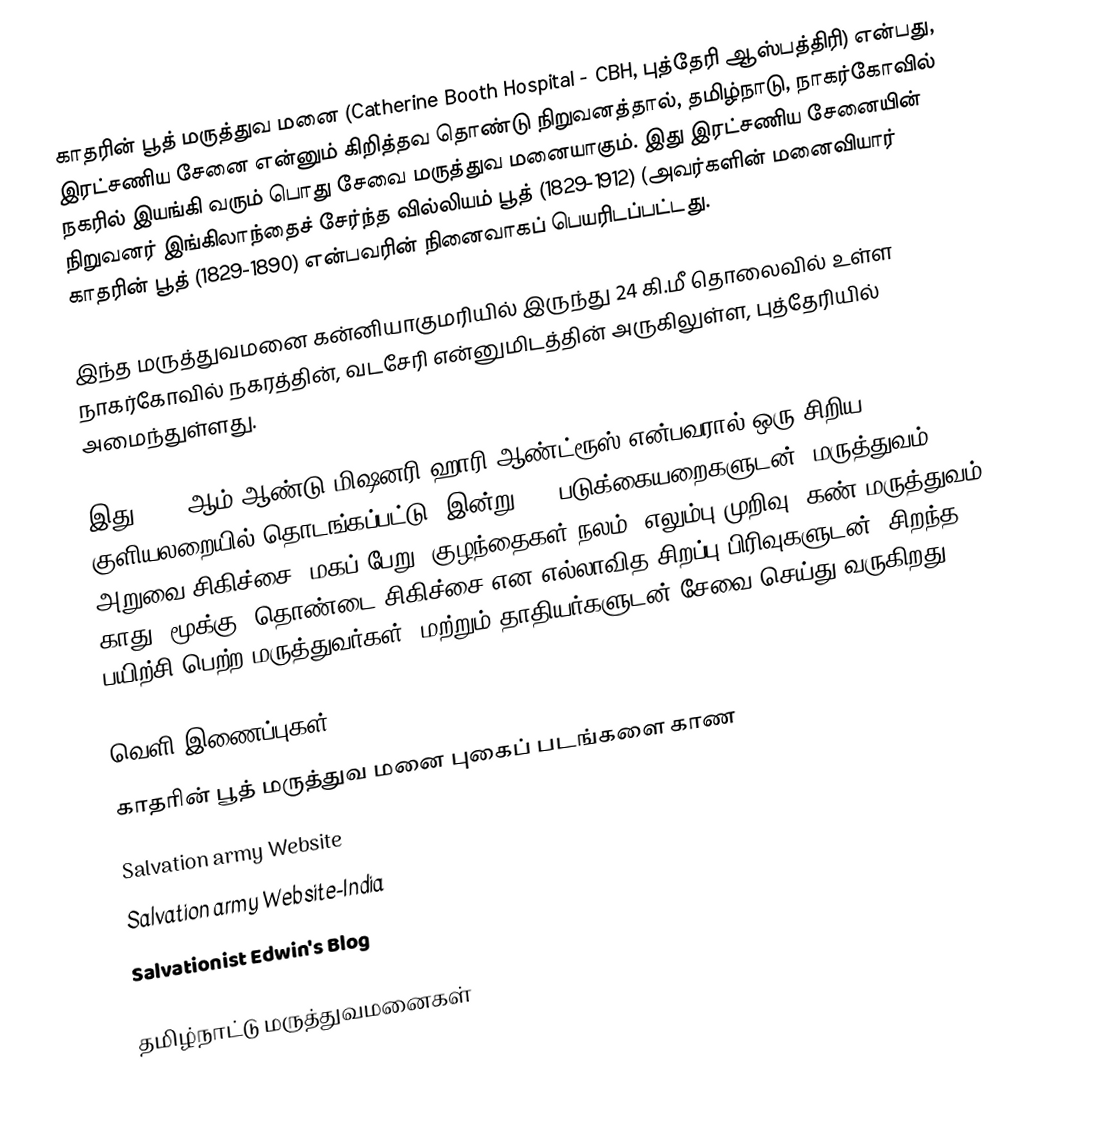
காதரின் பூத் மருத்துவ மனை (Catherine Booth Hospital - CBH, புத்தேரி ஆஸ்பத்திரி) என்பது, இரட்சணிய சேனை என்னும் கிறித்தவ தொண்டு நிறுவனத்தால், தமிழ்நாடு, நாகர்கோவில் நகரில் இயங்கி வரும் பொது சேவை மருத்துவ மனையாகும். இது இரட்சணிய சேனையின் நிறுவனர் இங்கிலாந்தைச் சேர்ந்த வில்லியம் பூத் (1829-1912) (அவர்களின் மனைவியார் காதரின் பூத் (1829-1890) என்பவரின்  நினைவாகப் பெயரிடப்பட்டது.

இந்த மருத்துவமனை கன்னியாகுமரியில் இருந்து 24 கி.மீ தொலைவில் உள்ள நாகர்கோவில் நகரத்தின், வடசேரி என்னுமிடத்தின் அருகிலுள்ள, புத்தேரியில் அமைந்துள்ளது.

இது 1895 ஆம் ஆண்டு மிஷனரி ஹாரி ஆண்ட்ரூஸ் என்பவரால் ஒரு சிறிய குளியலறையில் தொடங்கப்பட்டு, இன்று 300 படுக்கையறைகளுடன், மருத்துவம், அறுவை சிகிச்சை, மகப் பேறு, குழந்தைகள் நலம், எலும்பு முறிவு, கண் மருத்துவம், காது, மூக்கு, தொண்டை சிகிச்சை என எல்லாவித சிறப்பு பிரிவுகளுடன், சிறந்த பயிற்சி பெற்ற மருத்துவர்கள், மற்றும் தாதியர்களுடன் சேவை செய்து வருகிறது.

வெளி இணைப்புகள்
காதரின் பூத் மருத்துவ மனை புகைப் படங்களை காண
Salvation army Website
Salvation army Website-India
 Salvationist Edwin's Blog

தமிழ்நாட்டு மருத்துவமனைகள்